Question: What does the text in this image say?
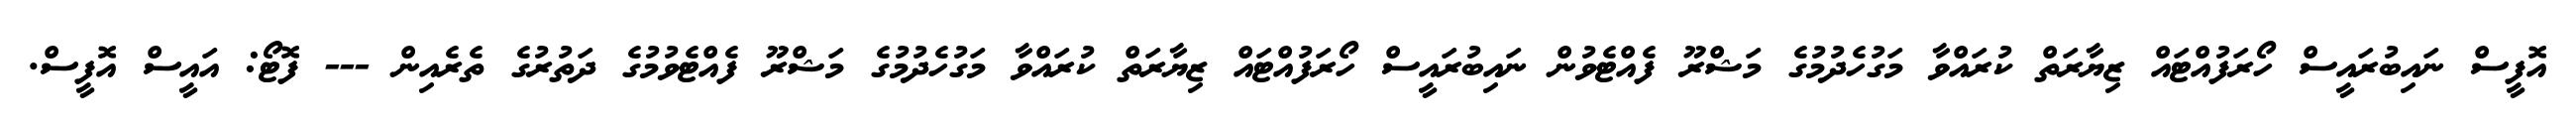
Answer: އޮފީސް ނައިބުރައީސް ހޯރަފުއްޓައް ޒިޔާރަތް ކުރައްވާ މަގުހެދުމުގެ މަޝްރޫ ފެއްޓެވުން ނައިބުރައީސް ހޯރަފުއްޓައް ޒިޔާރަތް ކުރައްވާ މަގުހެދުމުގެ މަޝްރޫ ފެއްޓެވުމުގެ ދަތުރުގެ ތެރެއިން --- ފޮޓޯ: އައީސް އޮފީސް.